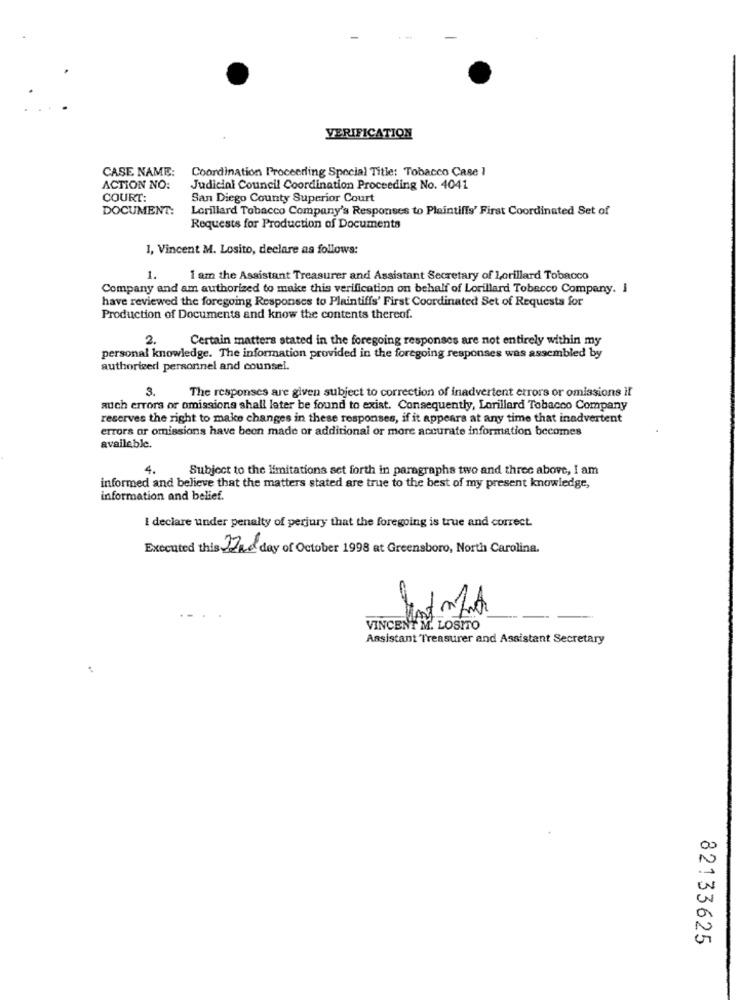
VERIFICATION
CASE NAME:
Coordination Proceerling Special Title: Tobacco Case 1
ACTION NO:
Judicial Council Coordination Proceeding No. 4041
COURT:
San Diego County Superior Court
DOCUMENT:
Lorillard Tobacco Company's Responses to Plaintiffs' First Coordinated Set of
Requests for Production of Documents
1, Vincent M. Losito, declare as follows:
1.
I am the Assistant Treasurer and Assistant Secretary of Lorillard Tobacco
Company and am authorized to make this verification on behalf of Lorillard Tobacco Company. I
have reviewed the foregoing Responses to Plaintiffs' First Coordinated Set of Requests for
Production of Documents and know the contents thereof.
2.
Certain matters stated in the foregoing responses are not entirely within my
personal knowledge. The information provided in the foregoing responses was assembled by
authorized personnel and counsel.
3.
The responses are given subject to correction of inadvertent errors or omissions it
auch errors or omissions shall later be found to exist. Consequently, Lorillard Tobacco Company
reserves the right to make changes in these responses, if it appears at any time that inadvertent
errors or omissions have been made or additional or more accurate information becomes
available.
4.
Subject to the limitations set forth in paragraphs two and three above, I am
informed and believe that the matters stated are true to the best of my present knowledge,
information and belief.
I declare under penalty of perjury that the foregoing is true and correct.
Executed this 17ad day of October 1998 at Greensboro, North Carolina.
VINCENT M. LOSITO
Assistant Treasurer and Assistant Secretary
82133625